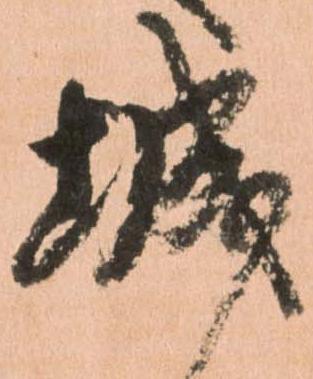
城